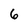
Character: 6